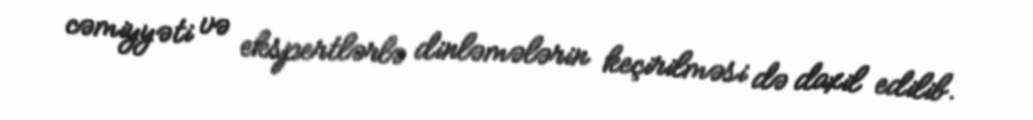
cəmiyyəti və ekspertlərlə dinləmələrin keçirilməsi də daxil edilib.